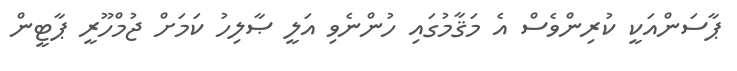
ޕާސަންއަކީ ކުރިންވެސް އެ މަޤާމުގައި ހުންނެވި އަލީ ޞާލިހު ކަމަށް ޖުމްހޫރީ ޕާޓީން